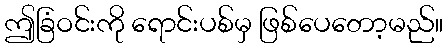
ဤခြံဝင်းကို ရောင်းပစ်မှ ဖြစ်ပေတော့မည်။